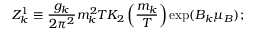
Z _ { k } ^ { 1 } \equiv { \frac { g _ { k } } { 2 \pi ^ { 2 } } } m _ { k } ^ { 2 } T K _ { 2 } \left( { \frac { m _ { k } } { T } } \right) \exp ( B _ { k } \mu _ { B } ) ;